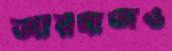
আরবাজও